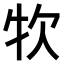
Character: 𤘯